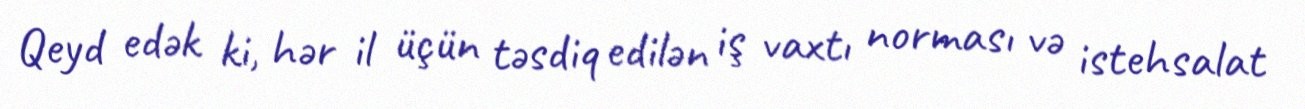
Qeyd edək ki, hər il üçün təsdiq edilən iş vaxtı norması və istehsalat